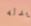
بدله